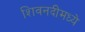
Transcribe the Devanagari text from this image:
शिवनदीमध्ये